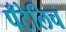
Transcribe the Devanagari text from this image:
पँटेलिच